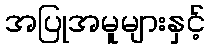
အပြုအမူများနှင့်